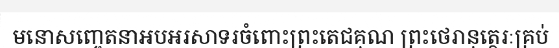
មនោសញ្ចេតនាអបអរសាទរចំពោះព្រះតេជគុណ ព្រះថេរានុត្ថេរៈគ្រប់